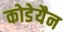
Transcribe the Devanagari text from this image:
कोडेयैन